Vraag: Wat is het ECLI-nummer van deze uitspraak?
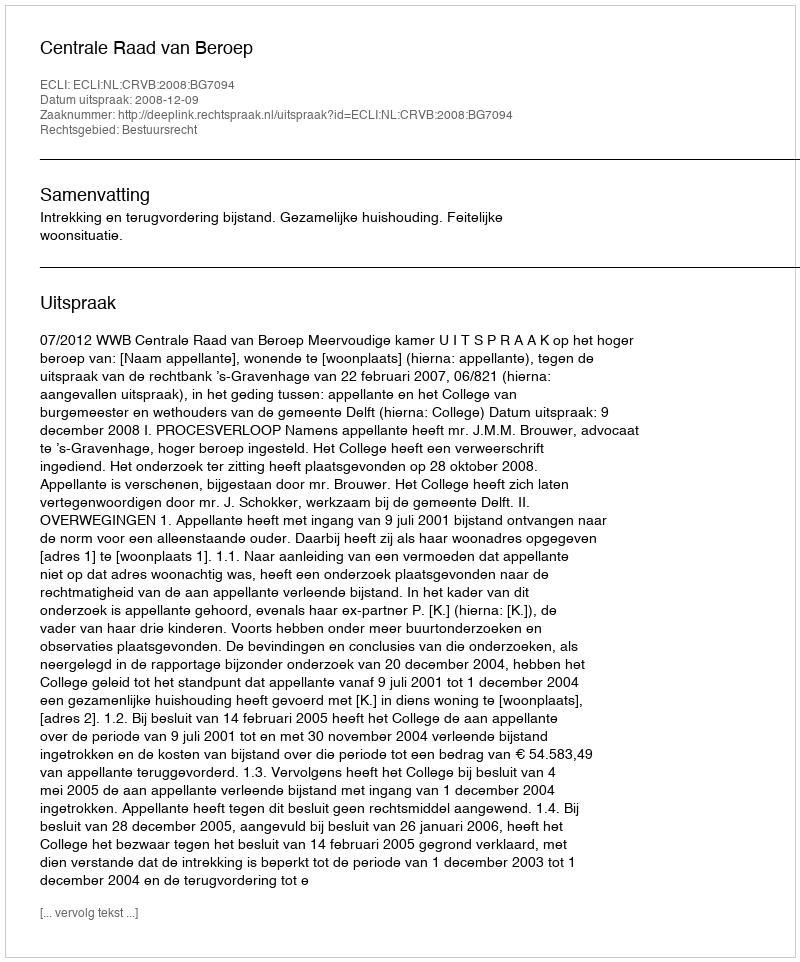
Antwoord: ECLI:NL:CRVB:2008:BG7094